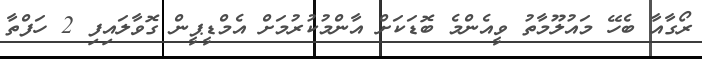
ރޯގާއާ ބެހޭ މައުލޫމާތު ވީއެންމެ ބޮޑަކަށް އާންމުކުރުމަށް އެމްޑީޕީން ގޮވާލައިފި 2 ހަފްތާ